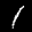
Label: 1